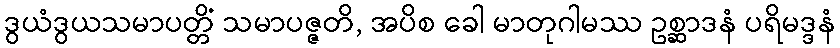
ဒွယံဒွယသမာပတ္တိံ သမာပဇ္ဇတိ, အပိစ ခေါ မာတုဂါမဿ ဥစ္ဆာဒနံ ပရိမဒ္ဒနံ